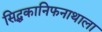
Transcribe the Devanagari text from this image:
सिद्धकानिफनाथाला